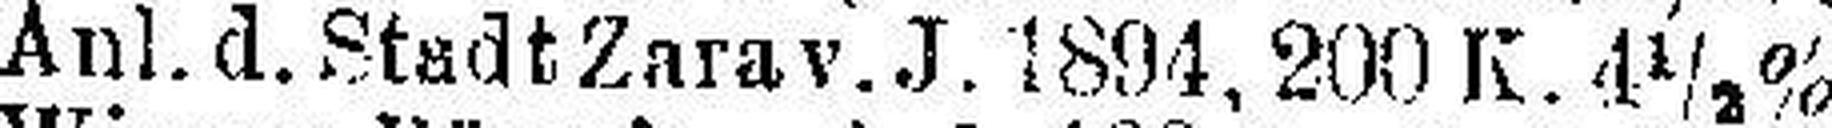
Anl. d. Stadt Zara v.J. 1894, 200 K. 4½%